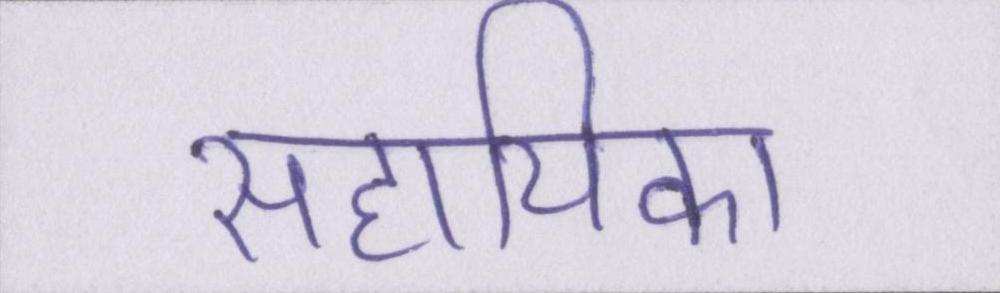
सहायिका